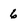
Character: 6